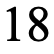
18